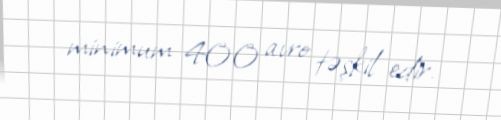
minimum 400 avro təşkil edir.